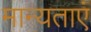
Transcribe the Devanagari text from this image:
मान्‍यताएं